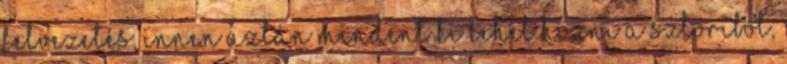
felvezetés, innen aztán mindent ki lehet hozni a sztoriból,